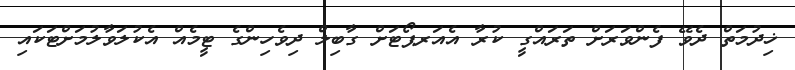
ޚިދުމަތް ދެވޭ ފެންވަރަށް ތަރައްގީ ކުރާ އެއަރޕޯޓަށް ގާބިލް ދިވެހިންގެ ޓީމެއް އެކުލަވާލުމަށްޓަކައި